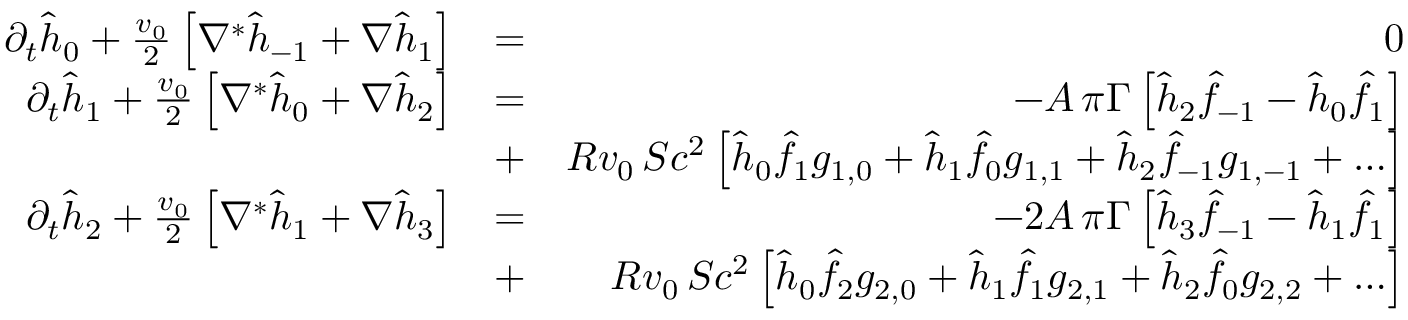
\begin{array} { r l r } { \partial _ { t } \hat { h } _ { 0 } + { \frac { v _ { 0 } } { 2 } } \left[ \nabla ^ { * } \hat { h } _ { - 1 } + \nabla \hat { h } _ { 1 } \right] } & { = } & { 0 } \\ { \partial _ { t } \hat { h } _ { 1 } + { \frac { v _ { 0 } } { 2 } } \left[ \nabla ^ { * } \hat { h } _ { 0 } + \nabla \hat { h } _ { 2 } \right] } & { = } & { - A \, \pi \Gamma \left[ \hat { h } _ { 2 } \hat { f } _ { - 1 } - \hat { h } _ { 0 } \hat { f } _ { 1 } \right] } \\ & { + } & { R v _ { 0 } \, S c ^ { 2 } \left[ \hat { h } _ { 0 } \hat { f } _ { 1 } g _ { 1 , 0 } + \hat { h } _ { 1 } \hat { f } _ { 0 } g _ { 1 , 1 } + \hat { h } _ { 2 } \hat { f } _ { - 1 } g _ { 1 , - 1 } + \ldots \right] } \\ { \partial _ { t } \hat { h } _ { 2 } + { \frac { v _ { 0 } } { 2 } } \left[ \nabla ^ { * } \hat { h } _ { 1 } + \nabla \hat { h } _ { 3 } \right] } & { = } & { - 2 A \, \pi \Gamma \left[ \hat { h } _ { 3 } \hat { f } _ { - 1 } - \hat { h } _ { 1 } \hat { f } _ { 1 } \right] } \\ & { + } & { R v _ { 0 } \, S c ^ { 2 } \left[ \hat { h } _ { 0 } \hat { f } _ { 2 } g _ { 2 , 0 } + \hat { h } _ { 1 } \hat { f } _ { 1 } g _ { 2 , 1 } + \hat { h } _ { 2 } \hat { f } _ { 0 } g _ { 2 , 2 } + \ldots \right] } \end{array}